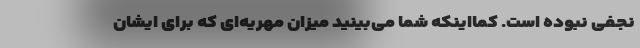
نجفی نبوده است. کمااینکه شما می‌بینید میزان مهریه‌ای که برای ایشان